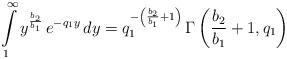
LaTeX: \begin{align*}\int\limits_{1}^{\infty} y^{\frac{b_2}{b_1}} \, e^{-q_1 y} \, dy = q_1^{-\left(\frac{b_2}{b_1}+1\right)} \, \Gamma \left(\frac{b_2}{b_1}+1, q_1 \right)\end{align*}